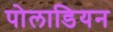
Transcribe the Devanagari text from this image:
पोलाडियन